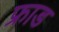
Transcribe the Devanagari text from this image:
फ्राड